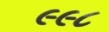
૯૯૮